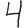
Digit: 4